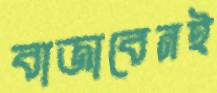
বাজাবেনই